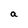
Character: a